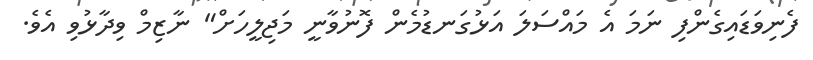
ފެނިވަޑައިގެންފި ނަމަ އެ މައްސަލަ އަޅުގަނޑުމެން ފޮނުވާނީ މަޖިލީހަށް" ނާޒިމް ވިދާޅުވި އެވެ.